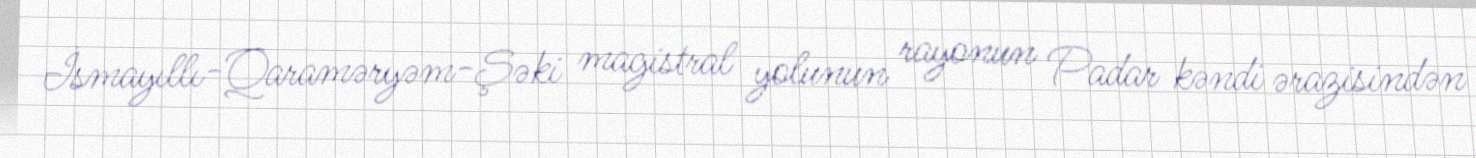
İsmayıllı-Qaraməryəm-Şəki magistral yolunun rayonun Padar kəndi ərazisindən